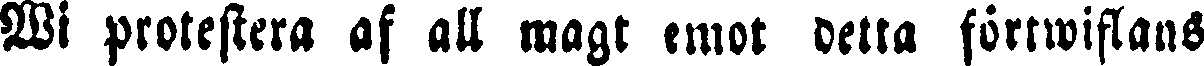
Wi protestera af all magt emot detta förtwiflans